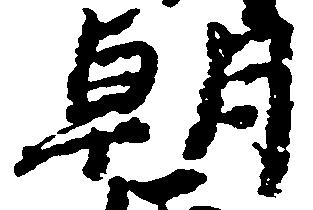
朝